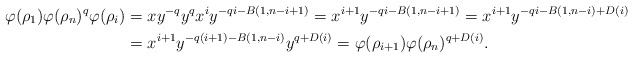
\begin{align*} \varphi(\rho_1) \varphi(\rho_n)^q \varphi(\rho_{i})&=x y^{-q} y^q x^i y^{-qi-B(1,n-i+1)}=x^{i+1} y^{-qi-B(1,n-i+1)}=x^{i+1} y^{-qi-B(1,n-i)+D(i)}\\ &=x^{i+1}y^{-q(i+1)-B(1,n-i)}y^{q+D(i)}=\varphi(\rho_{{i+1}})\varphi( \rho_n)^{q+D(i)}.\end{align*}